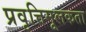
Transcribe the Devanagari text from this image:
प्रवृत्तिमूलकता